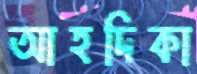
আহদিকা